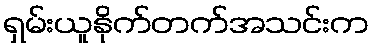
ရှမ်းယူနိုက်တက်အသင်းက